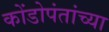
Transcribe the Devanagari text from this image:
कोंडोपंतांच्या